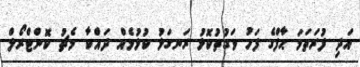
އަދި ފުރަތަމަ ޙާފްގެ ފަހު ވަގުތުކޮޅު ރަނގަޅު ކުޅުމެއް ދައްކާ މެޗު ކޮންޓްރޯލް